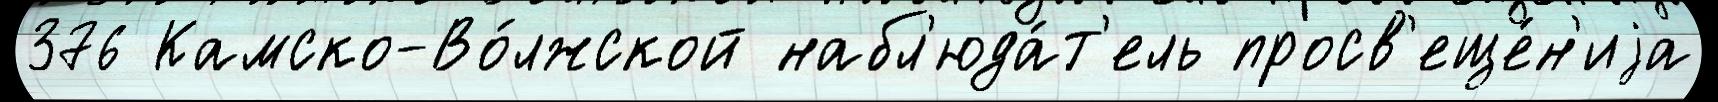
376 Камско-Во́лжской набл'юда́т'ель просв'еще́н'иjа